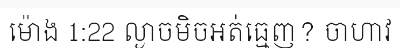
ម៉ោង 1:22 ល្ងាចមិចអត់ធ្មេញ? ចាហាវ